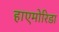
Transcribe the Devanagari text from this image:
हाएमोरिडा